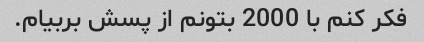
فکر کنم با 2000 بتونم از پسش بربیام.